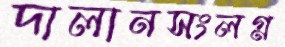
দালানসংলগ্ন